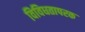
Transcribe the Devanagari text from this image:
विविधतापरक